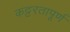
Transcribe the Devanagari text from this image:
कट्टरतापूर्ण